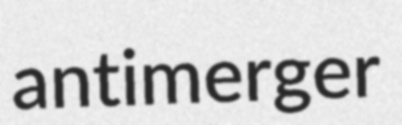
antimerger